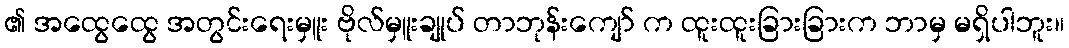
၏ အထွေထွေ အတွင်းရေးမှူး ဗိုလ်မှူးချုပ် တာဘုန်းကျော် က ထူးထူးခြားခြားက ဘာမှ မရှိပါဘူး။